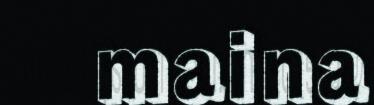
maina